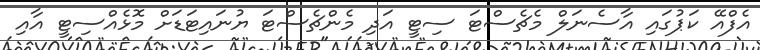
އެފްއޭ ކަޕުގައި އާސެނަލް މެޗެސްޓަ ސިޓީ އަދި މެންޗެސްޓަ ޔުނައިޓަޑަށް މޮޅެއްސިޓީ އާއި